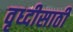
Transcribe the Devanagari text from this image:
वृध्दीसाठी